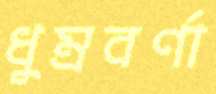
ধুম্রবর্ণা